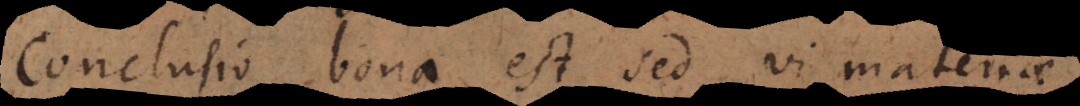
Conclusio bona est sed vi materiae